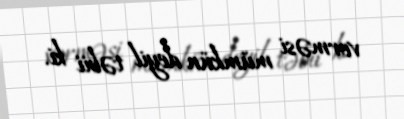
verməsi mümkün deyil təbii ki.